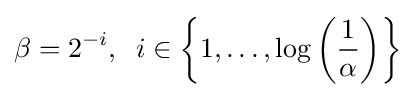
\beta =2^{-i},\;\;i\in \left\{1,\dots ,\log \left({\frac {1}{\alpha }}\right)\right\}